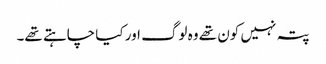
پتہ نہیں کون تھے وہ لوگ اور کیا چاہتے تھے۔